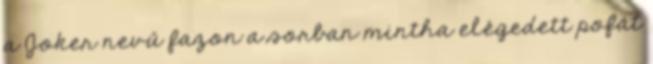
a Joker nevű fazon a sorban mintha elégedett pofát